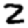
Digit: 2